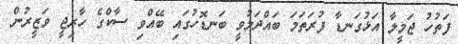
ފަތުހު ޖަމީލާ އަޅުގަނޑާ ފުރަތަމަ ބައްދަލުވީ ބަނޑޮހުގައި ބޭއްވި ސާކްގެ ހާރިޖީ ވަޒީރުން